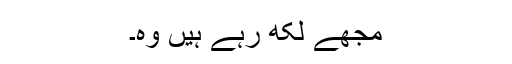
مجھے لکھ رہے ہیں وہ۔